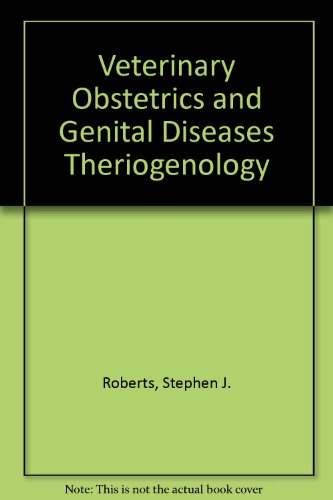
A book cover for Veterinary Obstetrics and Genital Diseases Theriogenology; Stephen J. Roberts; Medical Books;